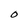
Character: O